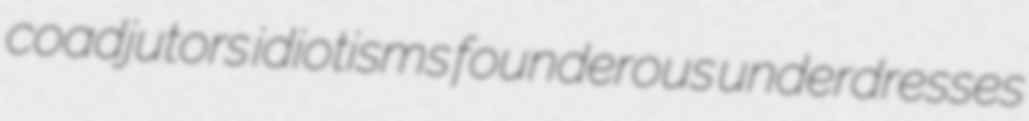
coadjutors idiotisms founderous underdresses